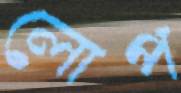
লোপ